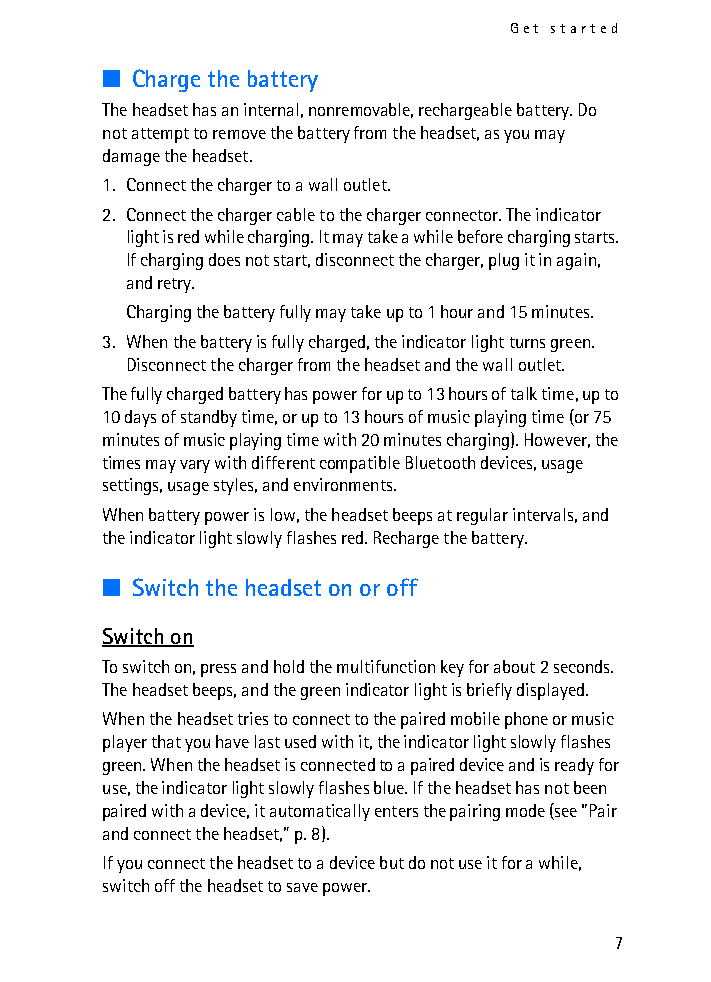
Get started
 ■ Charge the battery
 The headset has an internal, nonremovable, rechargeable battery. Do
 not attempt to remove the battery from the headset, as you may
 damage the headset.
 1. Connect the charger to a wall outlet.
 2. Connect the charger cable to the charger connector. The indicator
 light is red while charging. It may take a while before charging starts.
 If charging does not start, disconnect the charger, plug it in again,
 and retry.
 Charging the battery fully may take up to 1 hour and 15 minutes.
 3. When the battery is fully charged, the indicator light turns green.
 Disconnect the charger from the headset and the wall outlet.
 The fully charged battery has power for up to 13 hours of talk time, up to
 10 days of standby time, or up to 13 hours of music playing time (or 75
 minutes of music playing time with 20 minutes charging). However, the
 times may vary with different compatible Bluetooth devices, usage
 settings, usage styles, and environments.
 When battery power is low, the headset beeps at regular intervals, and
 the indicator light slowly flashes red. Recharge the battery.
 ■ Switch the headset on or off
 Switch on
 To switch on, press and hold the multifunction key for about 2 seconds.
 The headset beeps, and the green indicator light is briefly displayed.
 When the headset tries to connect to the paired mobile phone or music
 player that you have last used with it, the indicator light slowly flashes
 green. When the headset is connected to a paired device and is ready for
 use, the indicator light slowly flashes blue. If the headset has not been
 paired with a device, it automatically enters the pairing mode (see “Pair
 and connect the headset,” p. 8).
 If you connect the headset to a device but do not use it for a while,
 switch off the headset to save power.
 7